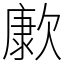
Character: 㱂